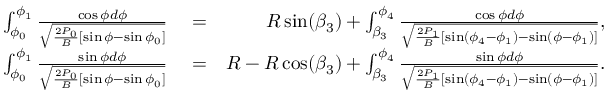
\begin{array} { r l r } { \int _ { \phi _ { 0 } } ^ { \phi _ { 1 } } \frac { \cos \phi d \phi } { \sqrt { \frac { 2 P _ { 0 } } { B } [ \sin \phi - \sin \phi _ { 0 } ] } } } & { { } = } & { R \sin ( \beta _ { 3 } ) + \int _ { \beta _ { 3 } } ^ { \phi _ { 4 } } \frac { \cos \phi d \phi } { \sqrt { \frac { 2 P _ { 1 } } { B } [ \sin ( \phi _ { 4 } - \phi _ { 1 } ) - \sin ( \phi - \phi _ { 1 } ) ] } } , } \\ { \int _ { \phi _ { 0 } } ^ { \phi _ { 1 } } \frac { \sin \phi d \phi } { \sqrt { \frac { 2 P _ { 0 } } { B } [ \sin \phi - \sin \phi _ { 0 } ] } } } & { { } = } & { R - R \cos ( \beta _ { 3 } ) + \int _ { \beta _ { 3 } } ^ { \phi _ { 4 } } \frac { \sin \phi d \phi } { \sqrt { \frac { 2 P _ { 1 } } { B } [ \sin ( \phi _ { 4 } - \phi _ { 1 } ) - \sin ( \phi - \phi _ { 1 } ) ] } } . } \end{array}